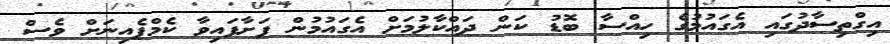
އިގްތިސާދުގައި އެގައުމުގެ ހިއްސާ ބޮޑު ކަން ދައްކާލުމަށް އެގައުމުން ފަށާފައިވާ ކެމްޕެއިނަށް ވެސް